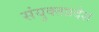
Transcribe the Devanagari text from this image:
संयुक्तप्रदेश